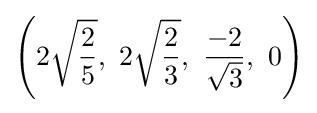
\left(2{\sqrt {\frac {2}{5}}},\ 2{\sqrt {\frac {2}{3}}},\ {\frac {-2}{\sqrt {3}}},\ 0\right)